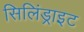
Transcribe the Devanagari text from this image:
सिलिंड्राइट